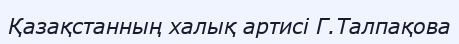
Қазақстанның халық артисі Г.Талпақова